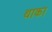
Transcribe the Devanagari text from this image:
थाका